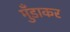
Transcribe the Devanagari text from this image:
मुँडाकर